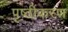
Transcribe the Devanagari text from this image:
पृष्ठीकरण